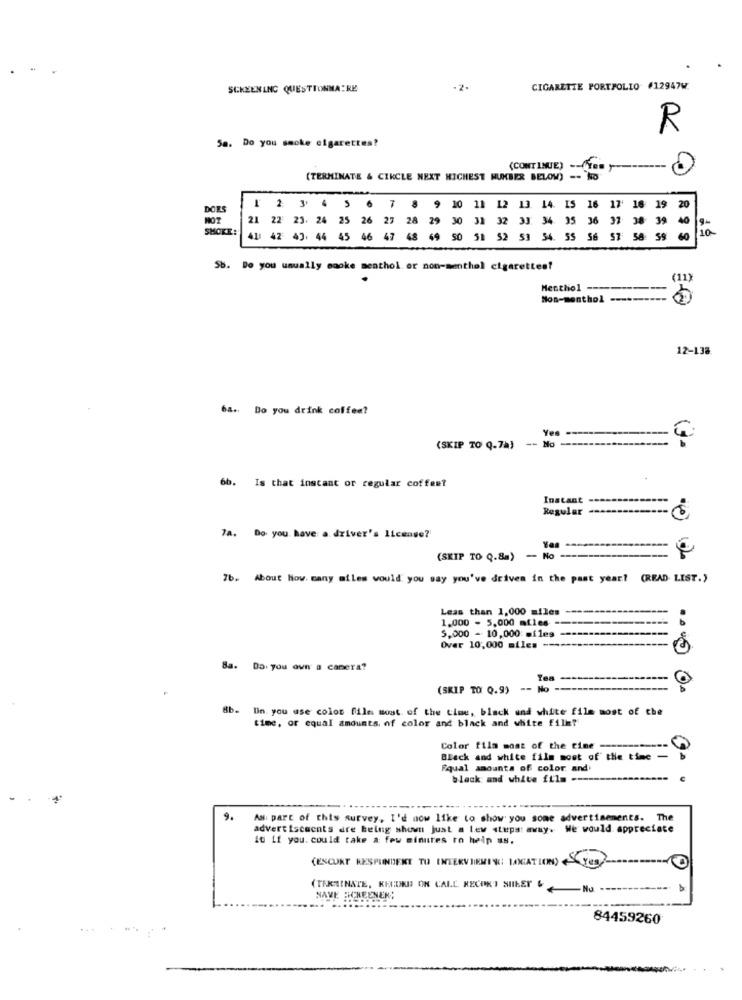
SCREENING QUESTIONNAIRE
CIGARETTE PORTFOLIO #12947W.
R
Sa. Do you smoke cigarettes?
(TERMINATE & CIRCLE NEXT HIGHEST NUMBER BELOW) -- NO
20
DOL
1 2 3 4 5 6 7 8 9 10 11
12 13.
14. IS 16 17' 16 19
MOT
21 22 23. 24 25 26 27 28 29 30 31 32 33 34
35 36 37 38 39
40
SMOKE:
La
41/ 42 43. 44 45 46 47 48 49 50 51 52 53
54. 55 56 ST
60
Sb. Do you usually smoke menthol or non-menthol cigarettes?
(11)
Menthol
Nos-menthol ---------
12-138
64. Do you drink coffee?
Yes
-
(SKIP TO Q.74)
No ----------------
6b. Is that instant or regular coffee?
Instant
Regular
7a. Do you have a. driver's license?
(SKIP TO Q.8a)
- No
Tb. About How many miles would you say you've driven in the past year? (READ LIST.)
Less than 1,000 miles
-
1.000 - 5,000 miles =
5,000 - 10,000 miles --
Over 10,000 miles --**
8a. Do you own a camera?
(SKIP TO Q.9)
-- No -
8b.
Un. you use color file most of the time, black and white file most of the
time, or equal amounts of color and black and white film?
Color film most of the time ---
Black and white film most of the time -
CA
Fqual amounts of color and
black and white film --
9.
As part of this survey, I'd now like to show you some advertisements. The
advertisements dre Being shown just a lew steps: away. We would appreciate
it if you. could take a few minutes ro help us.
(ESCORT KESPUNDEKE TU INTERVIEMIN: LOCATION) +Yes
(TERMINATE, KEDRD ON CALL. KECONI SUILEY &
Nu
NAVE HONEENER;
84459260